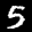
Label: 5